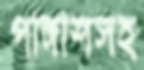
পাঙ্গাশসহ